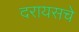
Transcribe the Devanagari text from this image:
दरायसचे